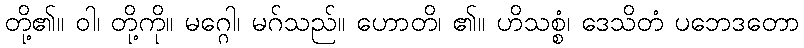
တို့၏။ ဝါ၊ တို့ကို။ မဂ္ဂေါ၊ မဂ်သည်။ ဟောတိ၊ ၏။ ဟိသစ္စံ၊ ဒေသိတံ ပဘေဒတော